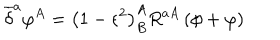
\overline { { { \delta } } } ^ { a } \varphi ^ { A } = \left( 1 - \epsilon ^ { 2 } \right) _ { B } ^ { A } R ^ { a A } \left( \phi + \varphi \right)